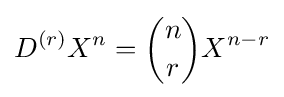
D^{(r)}X^{n}={\binom {n}{r}}X^{n-r}